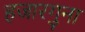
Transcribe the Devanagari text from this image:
हजारगुना